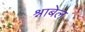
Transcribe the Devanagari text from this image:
श्नाबेल